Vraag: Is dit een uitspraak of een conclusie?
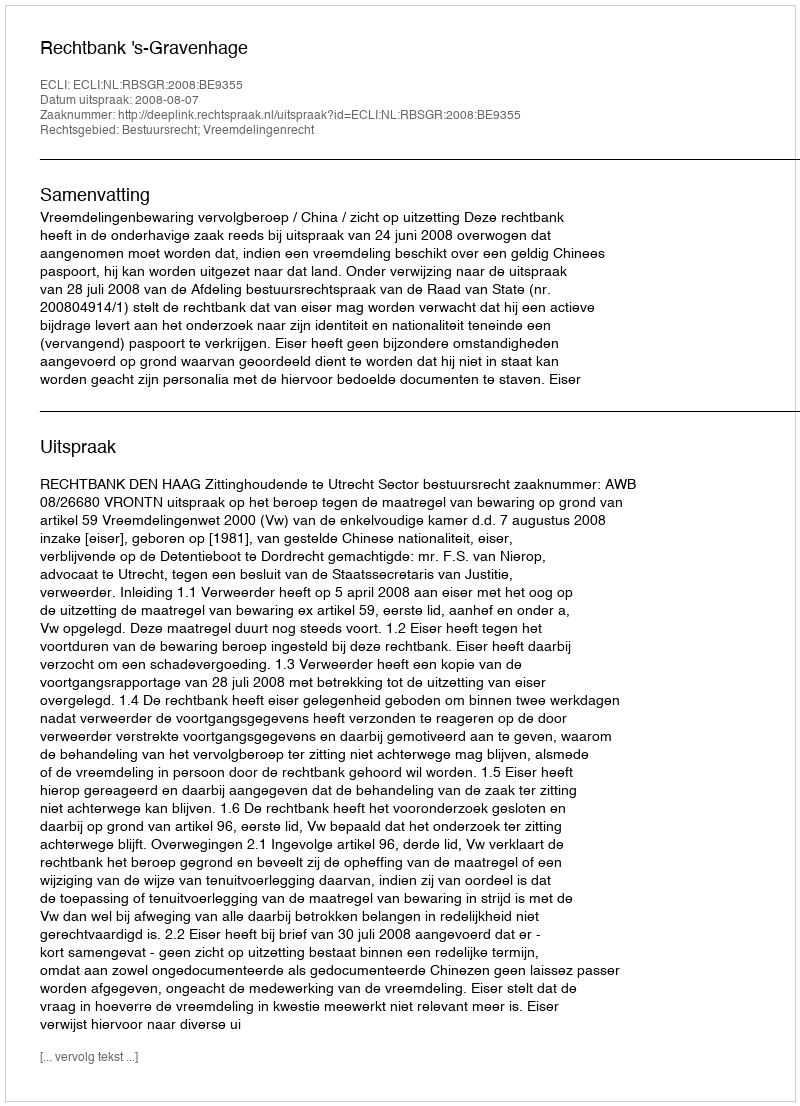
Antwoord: Uitspraak